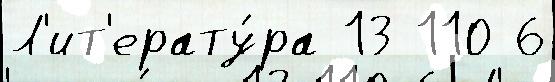
Л'ит'ерату́ра 13 110 6